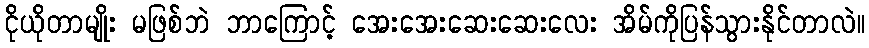
ငိုယိုတာမျိုး မဖြစ်ဘဲ ဘာကြောင့် အေးအေးဆေးဆေးလေး အိမ်ကိုပြန်သွားနိုင်တာလဲ။